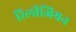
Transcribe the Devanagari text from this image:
रिलीजियन